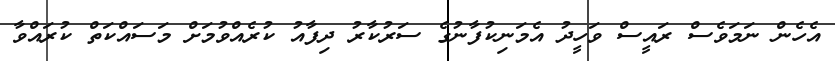
އެހެން ނަމަވެސް ރައީސް ވަހީދު އެމަނިކުފާނުގެ ސަރުކާރު ދިފާއު ކުރެއްވުމަށް މަސައްކަތް ކުރައްވާ